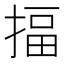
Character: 揊